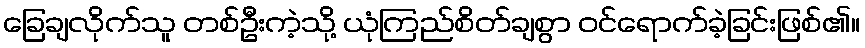
ခြေချလိုက်သူ တစ်ဦးကဲ့သို့ ယုံကြည်စိတ်ချစွာ ဝင်ရောက်ခဲ့ခြင်းဖြစ်၏။